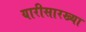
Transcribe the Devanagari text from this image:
यारीसारख्या